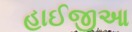
હાઈજીઆ